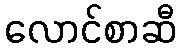
လောင်စာဆီ